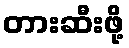
တားဆီးဖို့